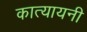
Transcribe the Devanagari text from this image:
कात्‍यायनी